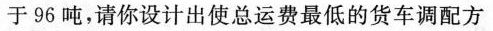
于96吨，请你设计出使总运费最低的货车调配方